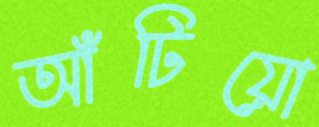
আঁটিয়ো